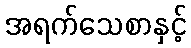
အရက်သေစာနှင့်